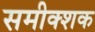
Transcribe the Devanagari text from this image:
समीक्शक